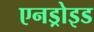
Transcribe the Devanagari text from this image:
एनड्रोइड